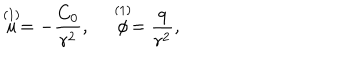
\stackrel { ( 1 ) } { u } = - { \frac { C _ { 0 } } { r ^ { 2 } } } , \stackrel { ( 1 ) } { \phi } = { \frac { q } { r ^ { 2 } } } ,